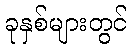
ခုနှစ်များတွင်